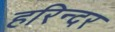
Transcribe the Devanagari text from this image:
हरिन्दर